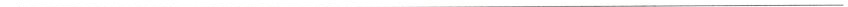
___